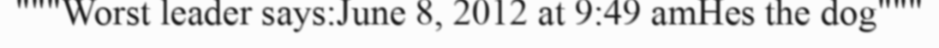
"""Worst leader says:June 8, 2012 at 9:49 amHes the dog"""